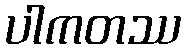
ပါကတဿ